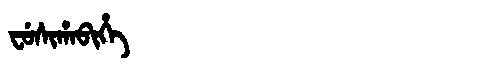
Manchu: ᠸᡠᠰᡳᡥᠠᠪᡳᡥᡝ
Romanization: FUSIHABIHE